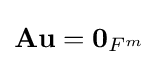
\mathbf {Au} =\mathbf {0} _{{F}^{m}}